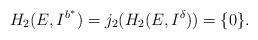
LaTeX: \begin{align*}H_2 (E, I^{b^*}) = j_2 (H_2(E, I^\delta)) = \{0\}.\end{align*}